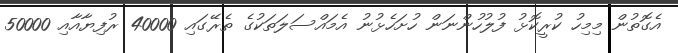
އެގޮތުން މިމިހު ކުރީކޮޅު ފުލުހުންނަން ހުށަހެޅުނު އެމައްސަލަތަކުގެ ތެރޭގައި 40000 ރުފިޔާއާއި 50000